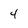
Character: 4